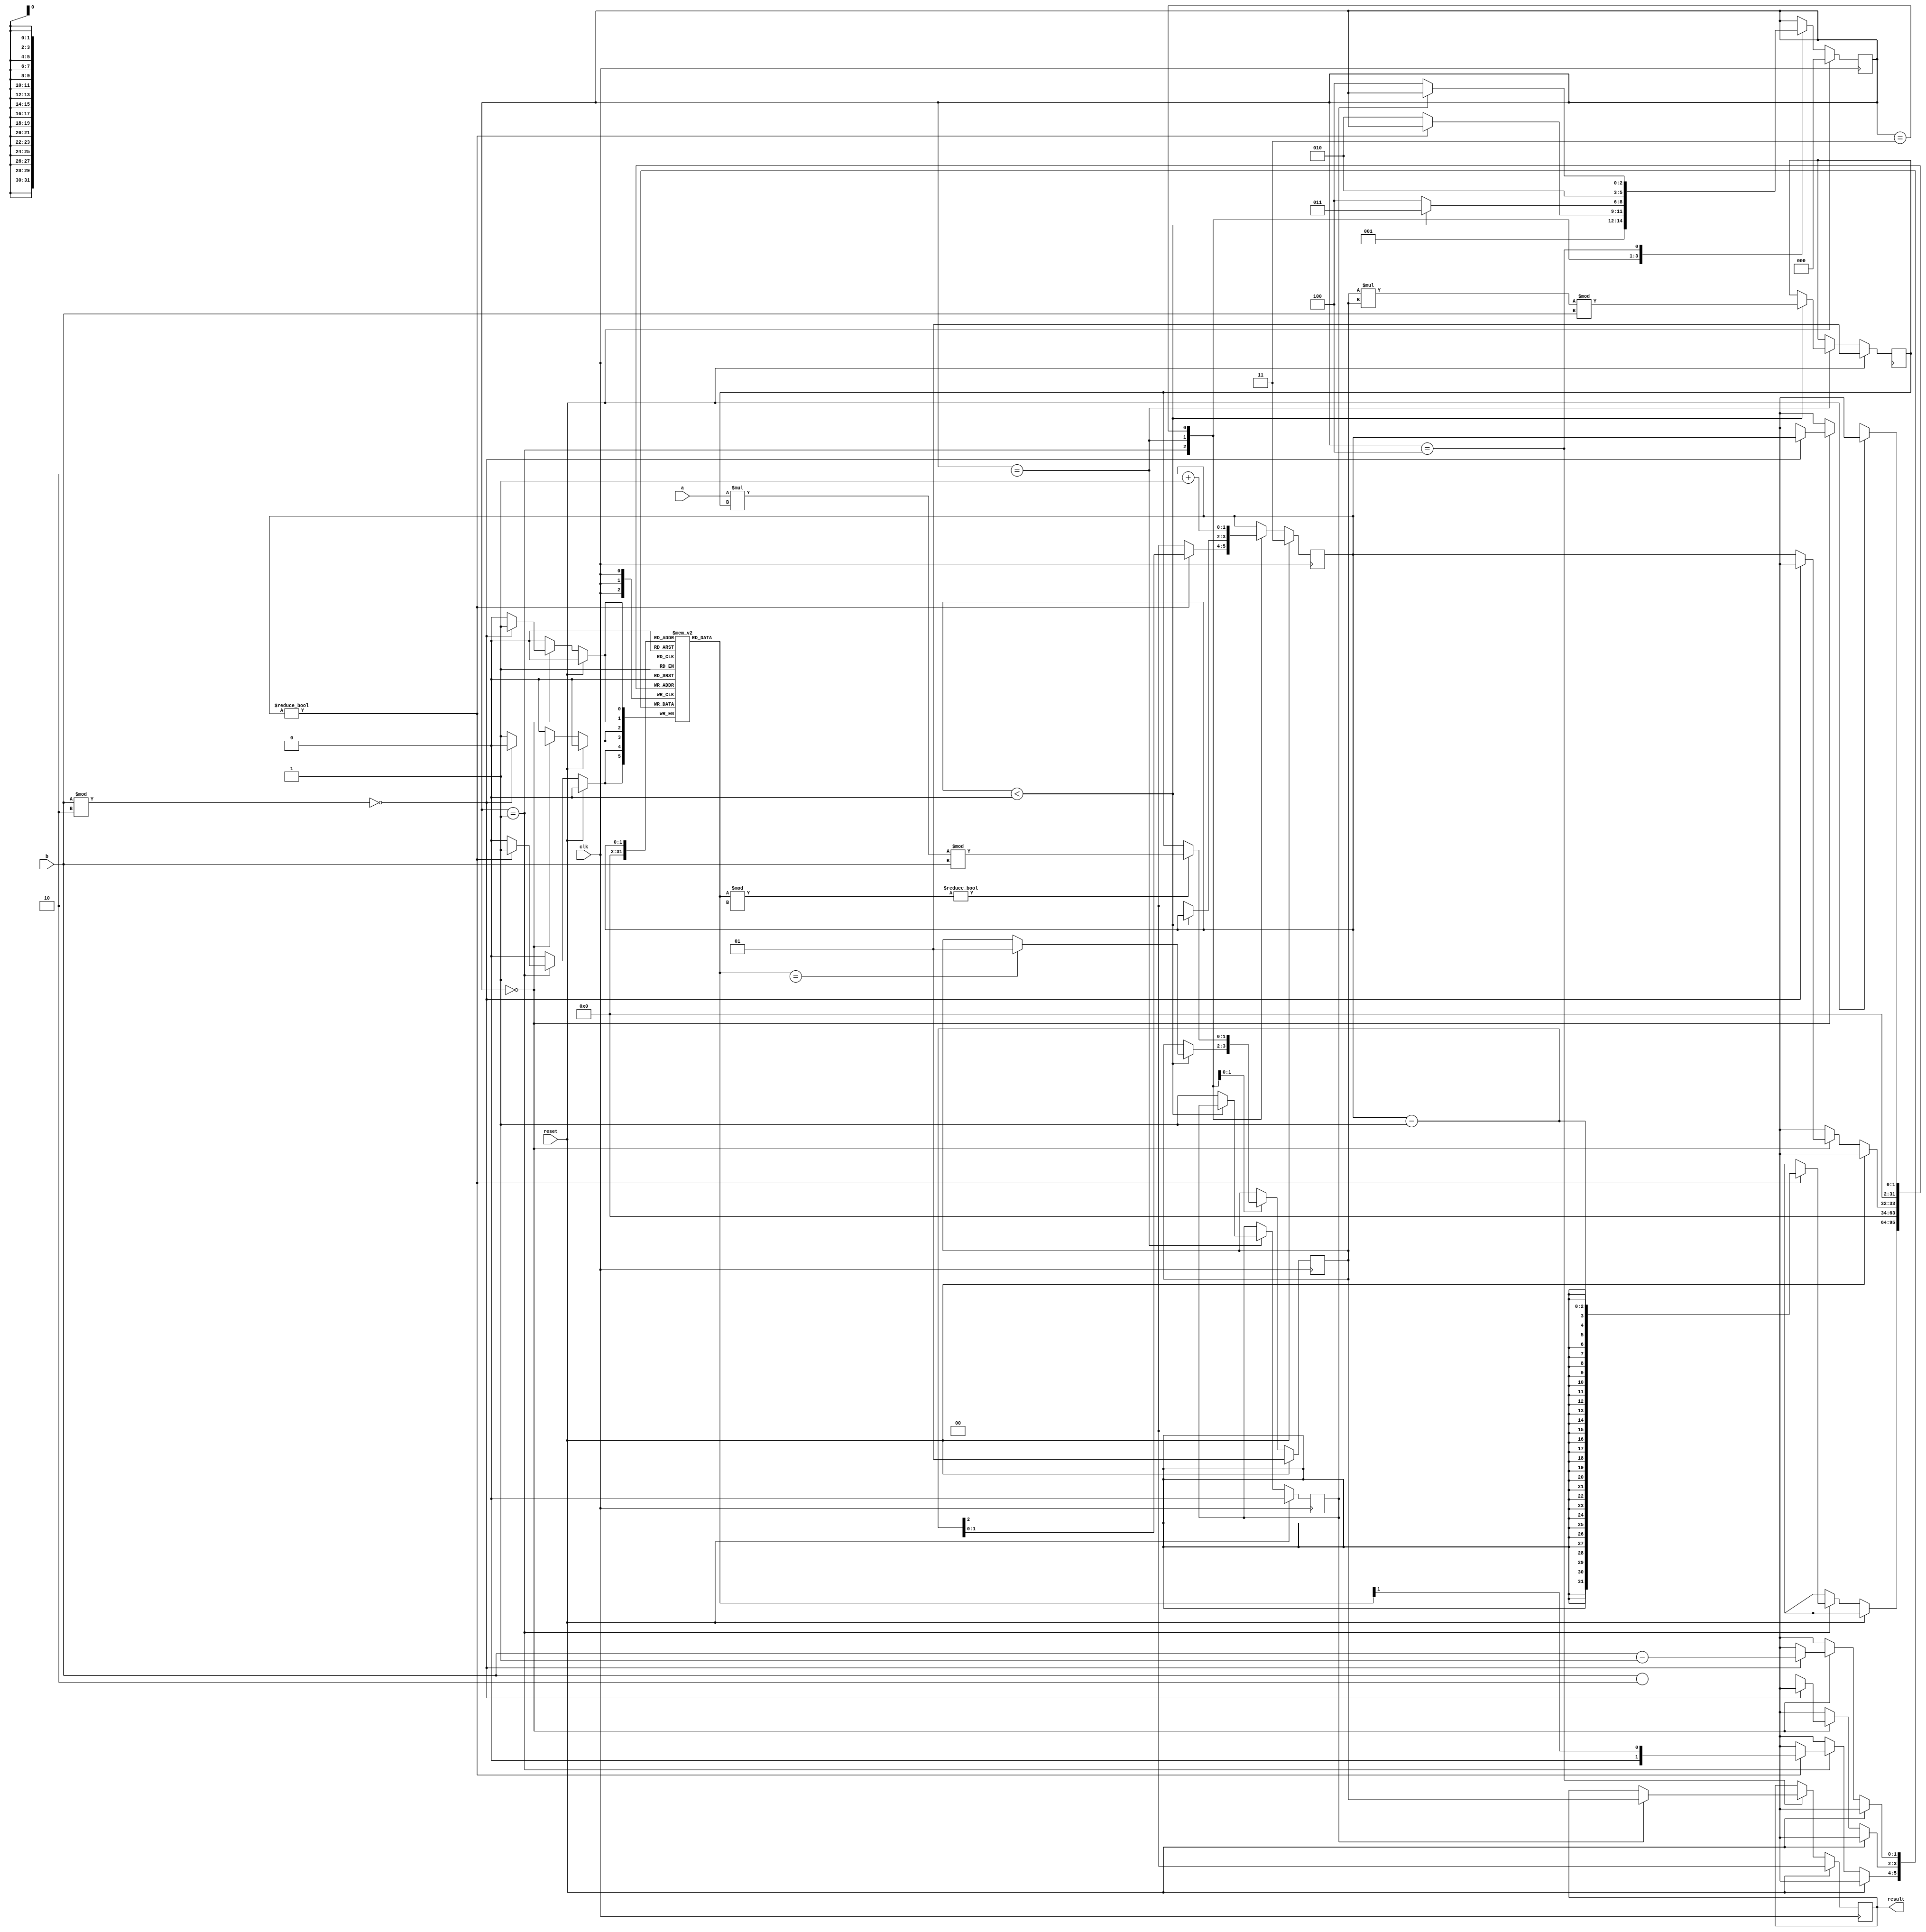
`timescale 1ns / 1ps

/** @module : modulo_inverse
 *  @author : Secure Trusted and Assured Microelectronics (STAM) Center

 *  Copyright (c) 2023 PQC.Secure (STAM/SCAI/ASU)
 *  Permission is hereby granted, free of charge, to any person obtaining a copy
 *  of this software and associated documentation files (the "Software"), to deal
 *  in the Software without restriction, including without limitation the rights
 *  to use, copy, modify, merge, publish, distribute, sublicense, and/or sell
 *  copies of the Software, and to permit persons to whom the Software is
 *  furnished to do so, subject to the following conditions:
 *  The above copyright notice and this permission notice shall be included in
 *  all copies or substantial portions of the Software.
 *
 *  THE SOFTWARE IS PROVIDED "AS IS", WITHOUT WARRANTY OF ANY KIND, EXPRESS OR
 *  IMPLIED, INCLUDING BUT NOT LIMITED TO THE WARRANTIES OF MERCHANTABILITY,
 *  FITNESS FOR A PARTICULAR PURPOSE AND NONINFRINGEMENT. IN NO EVENT SHALL THE
 *  AUTHORS OR COPYRIGHT HOLDERS BE LIABLE FOR ANY CLAIM, DAMAGES OR OTHER
 *  LIABILITY, WHETHER IN AN ACTION OF CONTRACT, TORT OR OTHERWISE, ARISING FROM,
 *  OUT OF OR IN CONNECTION WITH THE SOFTWARE OR THE USE OR OTHER DEALINGS IN
 *  THE SOFTWARE.
 *
 *
 */

module modulo_inverse (clk, reset, a, b, result);
    

parameter index = 0;
    
//input
input clk, reset;
input [index-1:0] a, b;
    
//output
output reg [index-1:0] result;
    
//initialize the count 
parameter CNT_INIT = index; 

//a^y modulo b
reg [index-1:0] y [0:index-1];
//holds intermediate computations
reg [2*index-1:0] p;
reg [2*index-1:0] temp_p;
//indexes into y
reg [index-1:0] CNT;
//defines states for the state machine
reg [2:0] STATE;
//output is ready
reg done;

//STATES in FSM
parameter IDEAL = 0;
parameter INITIAL_Y = 1;
parameter COMPUTE1 = 2;
parameter COMPUTE2 = 3;
parameter OUTPUT = 4;

reg done1;

always @ (posedge clk) begin
    if (reset) begin
        result <= 0;
        //initializing p to 0 doesnot work
        p <= 1;
        temp_p <= 1;
        CNT <= CNT_INIT - 1;
        done <= 0;
        STATE <= IDEAL;
    end
    else 
    case (STATE)
        IDEAL:
        begin
            //start assinging values from b-2
            if ((b % 2 == 0) & (CNT_INIT % 2 == 0))
                y[CNT] <= b - 1;
            else
                y[CNT] <= b - 2;
            STATE <= INITIAL_Y;
        end // IDEAL
        
        INITIAL_Y:
        begin
            if (CNT != 0) begin
                //start assinging values from b-2 to 1
                //CNT indexes from high to low 
                y[CNT-1] <= y[CNT] >> 1;
                CNT <= CNT - 1;  
            end
            else begin
                CNT <= 0;
                STATE <= COMPUTE1; 
            end
        end // INITIAL_Y
    
        COMPUTE1:
        begin
            if (CNT < CNT_INIT) begin
                //CNT = CNT + 1;
                if (y[CNT] == 1) begin
                    p <= 1;
                end
                temp_p = (p * p) % b;
                STATE = COMPUTE2;
            end
            else begin
                done <= 1;
                CNT <= 0;
                STATE <= OUTPUT;
            end
        end // COMPUTE1
        
        COMPUTE2:
        begin
            if (y[CNT] % 2 != 0) begin //y[CNT]
                p = (a * temp_p) % b;
                done1 = 0;
            end
            else begin
                p = temp_p;
                done1 = 1;
                
            end
            CNT = CNT + 1;
            STATE <= COMPUTE1;
        end
    
        OUTPUT:
        begin
            if (done)
                result <= p;
            else
                STATE <= OUTPUT;
        end // OUTPUT
    
    endcase //case
end // always block

endmodule